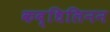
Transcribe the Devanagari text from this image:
कब्धिलिनन